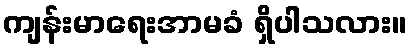
ကျန်းမာရေးအာမခံ ရှိပါသလား။